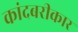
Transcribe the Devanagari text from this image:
कांदबरीकार